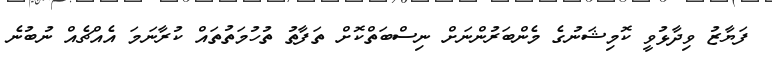
ފަޔާޒު ވިދާޅުވީ ކޮމިޝަނުގެ މެންބަރުންނަށް ނިސްބަތްކޮށް ތަފާތު ތުހުމަތުތައް ކުރާނަމަ އެއްޗެއް ނުބުނެ